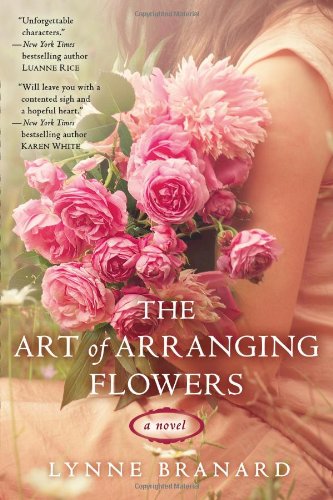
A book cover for The Art of Arranging Flowers; Lynne Branard; Literature & Fiction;